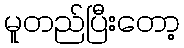
မူတည်ပြီးတော့